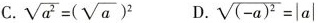
C. $$\sqrt{a^{2}}=(\sqrt{a})^{2}$$ D. $$\sqrt{(-a)^{2}}=|a|$$